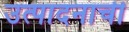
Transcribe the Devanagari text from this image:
उत्‍पादनाची